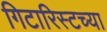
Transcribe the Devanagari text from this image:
गिटारिस्टच्या